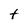
Character: t